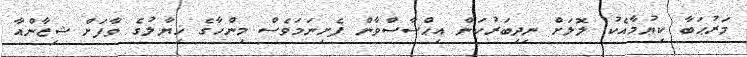
މަރުޙަބާ ކިޔުމާއެކު ލޮލަށް ނިދިބަރުކަން އިޙްސާސްވާން ފެށިނަމަވެސް މިންހާގެ ޚިޔާލުގެ ވާފަށް ޝިޒާންއާ